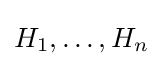
H_{1},\ldots ,H_{n}